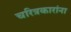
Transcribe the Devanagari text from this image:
चरित्रकारांना